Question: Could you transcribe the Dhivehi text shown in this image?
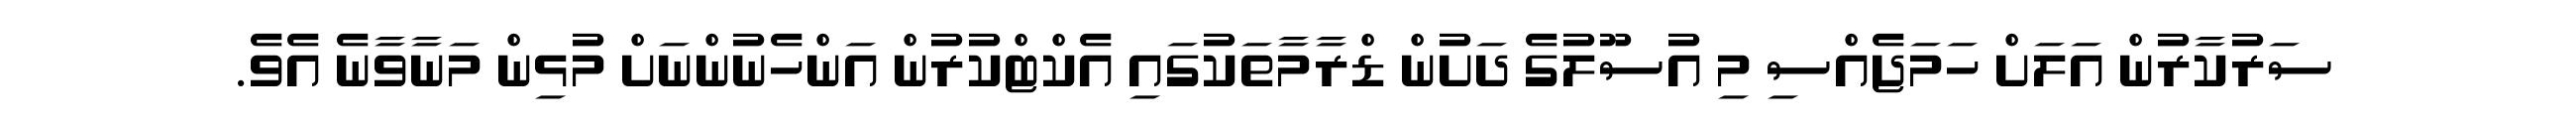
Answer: ސަރުކާރުން އަލަށް ހަމަޖެއްސި މި އުސޫލުގެ ދަށުން ޑްރާމާތަކުގައި އެކްޓްކުރުން އަންހެނުންނަށް މުޅިން މަނާވާނެ އެވެ.